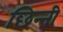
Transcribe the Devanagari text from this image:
छिन्‍नी